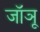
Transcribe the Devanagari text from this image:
जॉञू